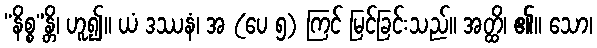
“နိစ္စ”န္တိ၊ ဟူ၍။ ယံ ဒဿနံ၊ အ (ပေ ၅) ကြင် မြင်ခြင်းသည်။ အတ္ထိ၊ ၏။ သော၊